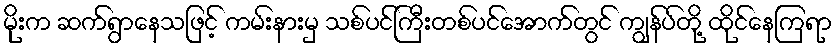
မိုးက ဆက်ရွာနေသဖြင့် ကမ်းနားမှ သစ်ပင်ကြီးတစ်ပင်အောက်တွင် ကျွန်ပ်တို့ ထိုင်နေကြရာ